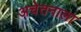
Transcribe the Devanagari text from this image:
अचेतनाला